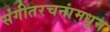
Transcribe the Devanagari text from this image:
संगीतरचनांमधून